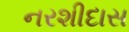
નરશીદાસ